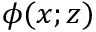
\phi ( x ; z )